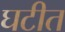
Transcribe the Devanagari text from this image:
घटीत